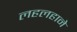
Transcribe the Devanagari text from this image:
लहलहाने